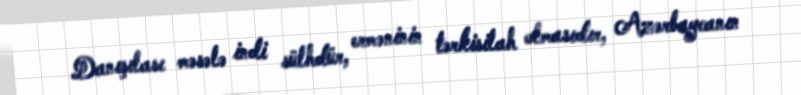
Danışılası məsələ indi sülhdür, erməninin tərkisilah olmasıdır, Azərbaycanın